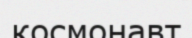
космонавт